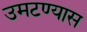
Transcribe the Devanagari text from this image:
उमटण्यास